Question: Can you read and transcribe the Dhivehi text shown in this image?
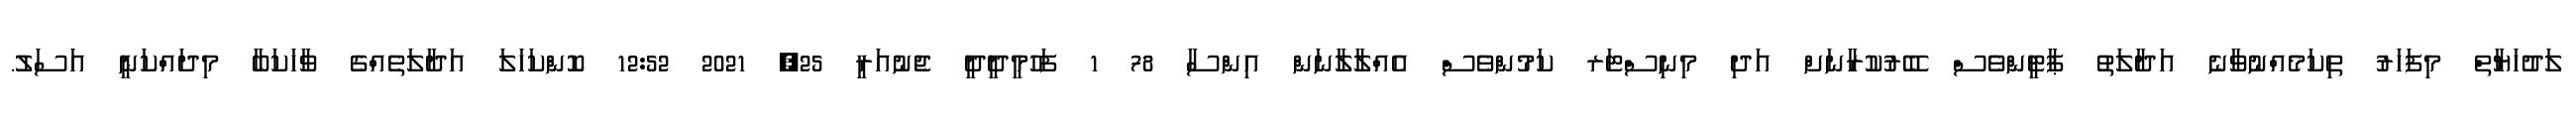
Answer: ލަދުހަޔާތް މިފަހަރު ތިކަމެއްނުވާނެ އަދާލަތު ޕާޓީންވެސް ބޭރުކުރާނަށް އަދި މިނިސްޓަރ ކަމުންވެސް އެއްލާލާނަން އިންސާ 78 1 ފަހުމީދީދީ ޖެނުއަރީ 25, 2021 12:52 ކޮންކަހަލަ އަދާލަތެއްގެ ވާހަކަބާ މިދައްކަނީ އަސަލު.